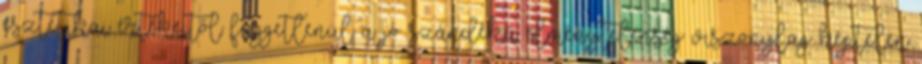
esztétikai értékeitől függetlenül a jó szándékú élménytelenség viszonylag képtelen